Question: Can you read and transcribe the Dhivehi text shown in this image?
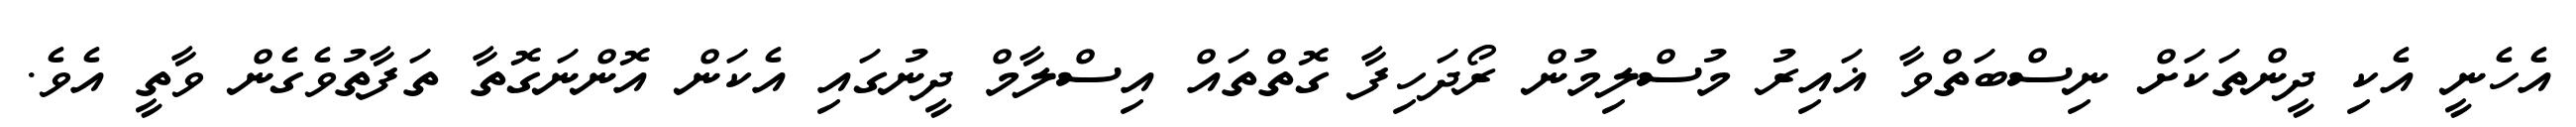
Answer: އެހެނީ އެކި ދީންތަކަށް ނިސްބަތްވާ ޣައިރު މުސްލިމުން ރޯދަހިފާ ގޮތްތައް އިސްލާމް ދީނުގައި އެކަން އޮންނަގޮތާ ތަފާތުވެގެން ވާތީ އެވެ.